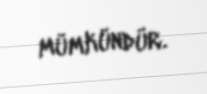
mümkündür.